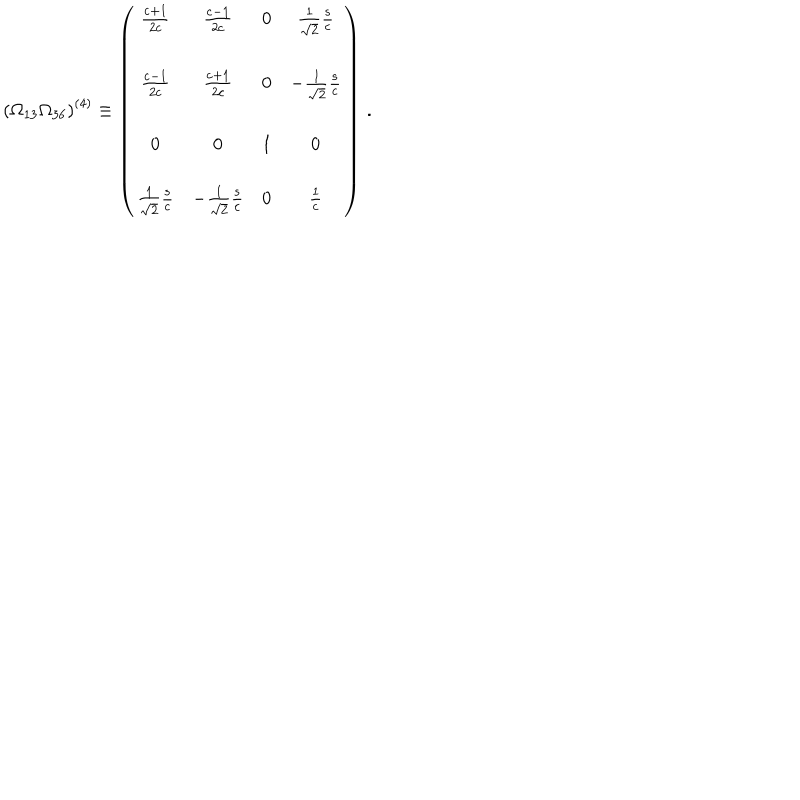
LaTeX: \left( \Omega _ { 1 3 } \Omega _ { 3 6 } \right) ^ { ( 4 ) } \equiv \left( \begin{array} { c c c c } { { \frac { \mathrm { c } + 1 } { 2 \mathrm { c } } } } & { { \frac { \mathrm { c } - 1 } { 2 \mathrm { c } } } } & { { 0 } } & { { \frac { 1 } { \sqrt { 2 } } \frac { \mathrm { s } } { \mathrm { c } } } } \\ { { } } & { { } } & { { } } & { { } } \\ { { \frac { \mathrm { c } - 1 } { 2 \mathrm { c } } } } & { { \frac { \mathrm { c } + 1 } { 2 \mathrm { c } } } } & { { 0 } } & { { - \frac { 1 } { \sqrt { 2 } } \frac { \mathrm { s } } { \mathrm { c } } } } \\ { { } } & { { } } & { { } } & { { } } \\ { { 0 } } & { { 0 } } & { { 1 } } & { { 0 } } \\ { { } } & { { } } & { { } } & { { } } \\ { { \frac { 1 } { \sqrt { 2 } } \frac { \mathrm { s } } { \mathrm { c } } } } & { { - \frac { 1 } { \sqrt { 2 } } \frac { \mathrm { s } } { \mathrm { c } } } } & { { 0 } } & { { \frac { 1 } { \mathrm { c } } } } \\ \end{array} \right) \, .